DOW-UAP-D49, Launch Summary, Vandenberg AFB, 2000
Agency: Department of War
Incident date: 2/3/00
Page 113
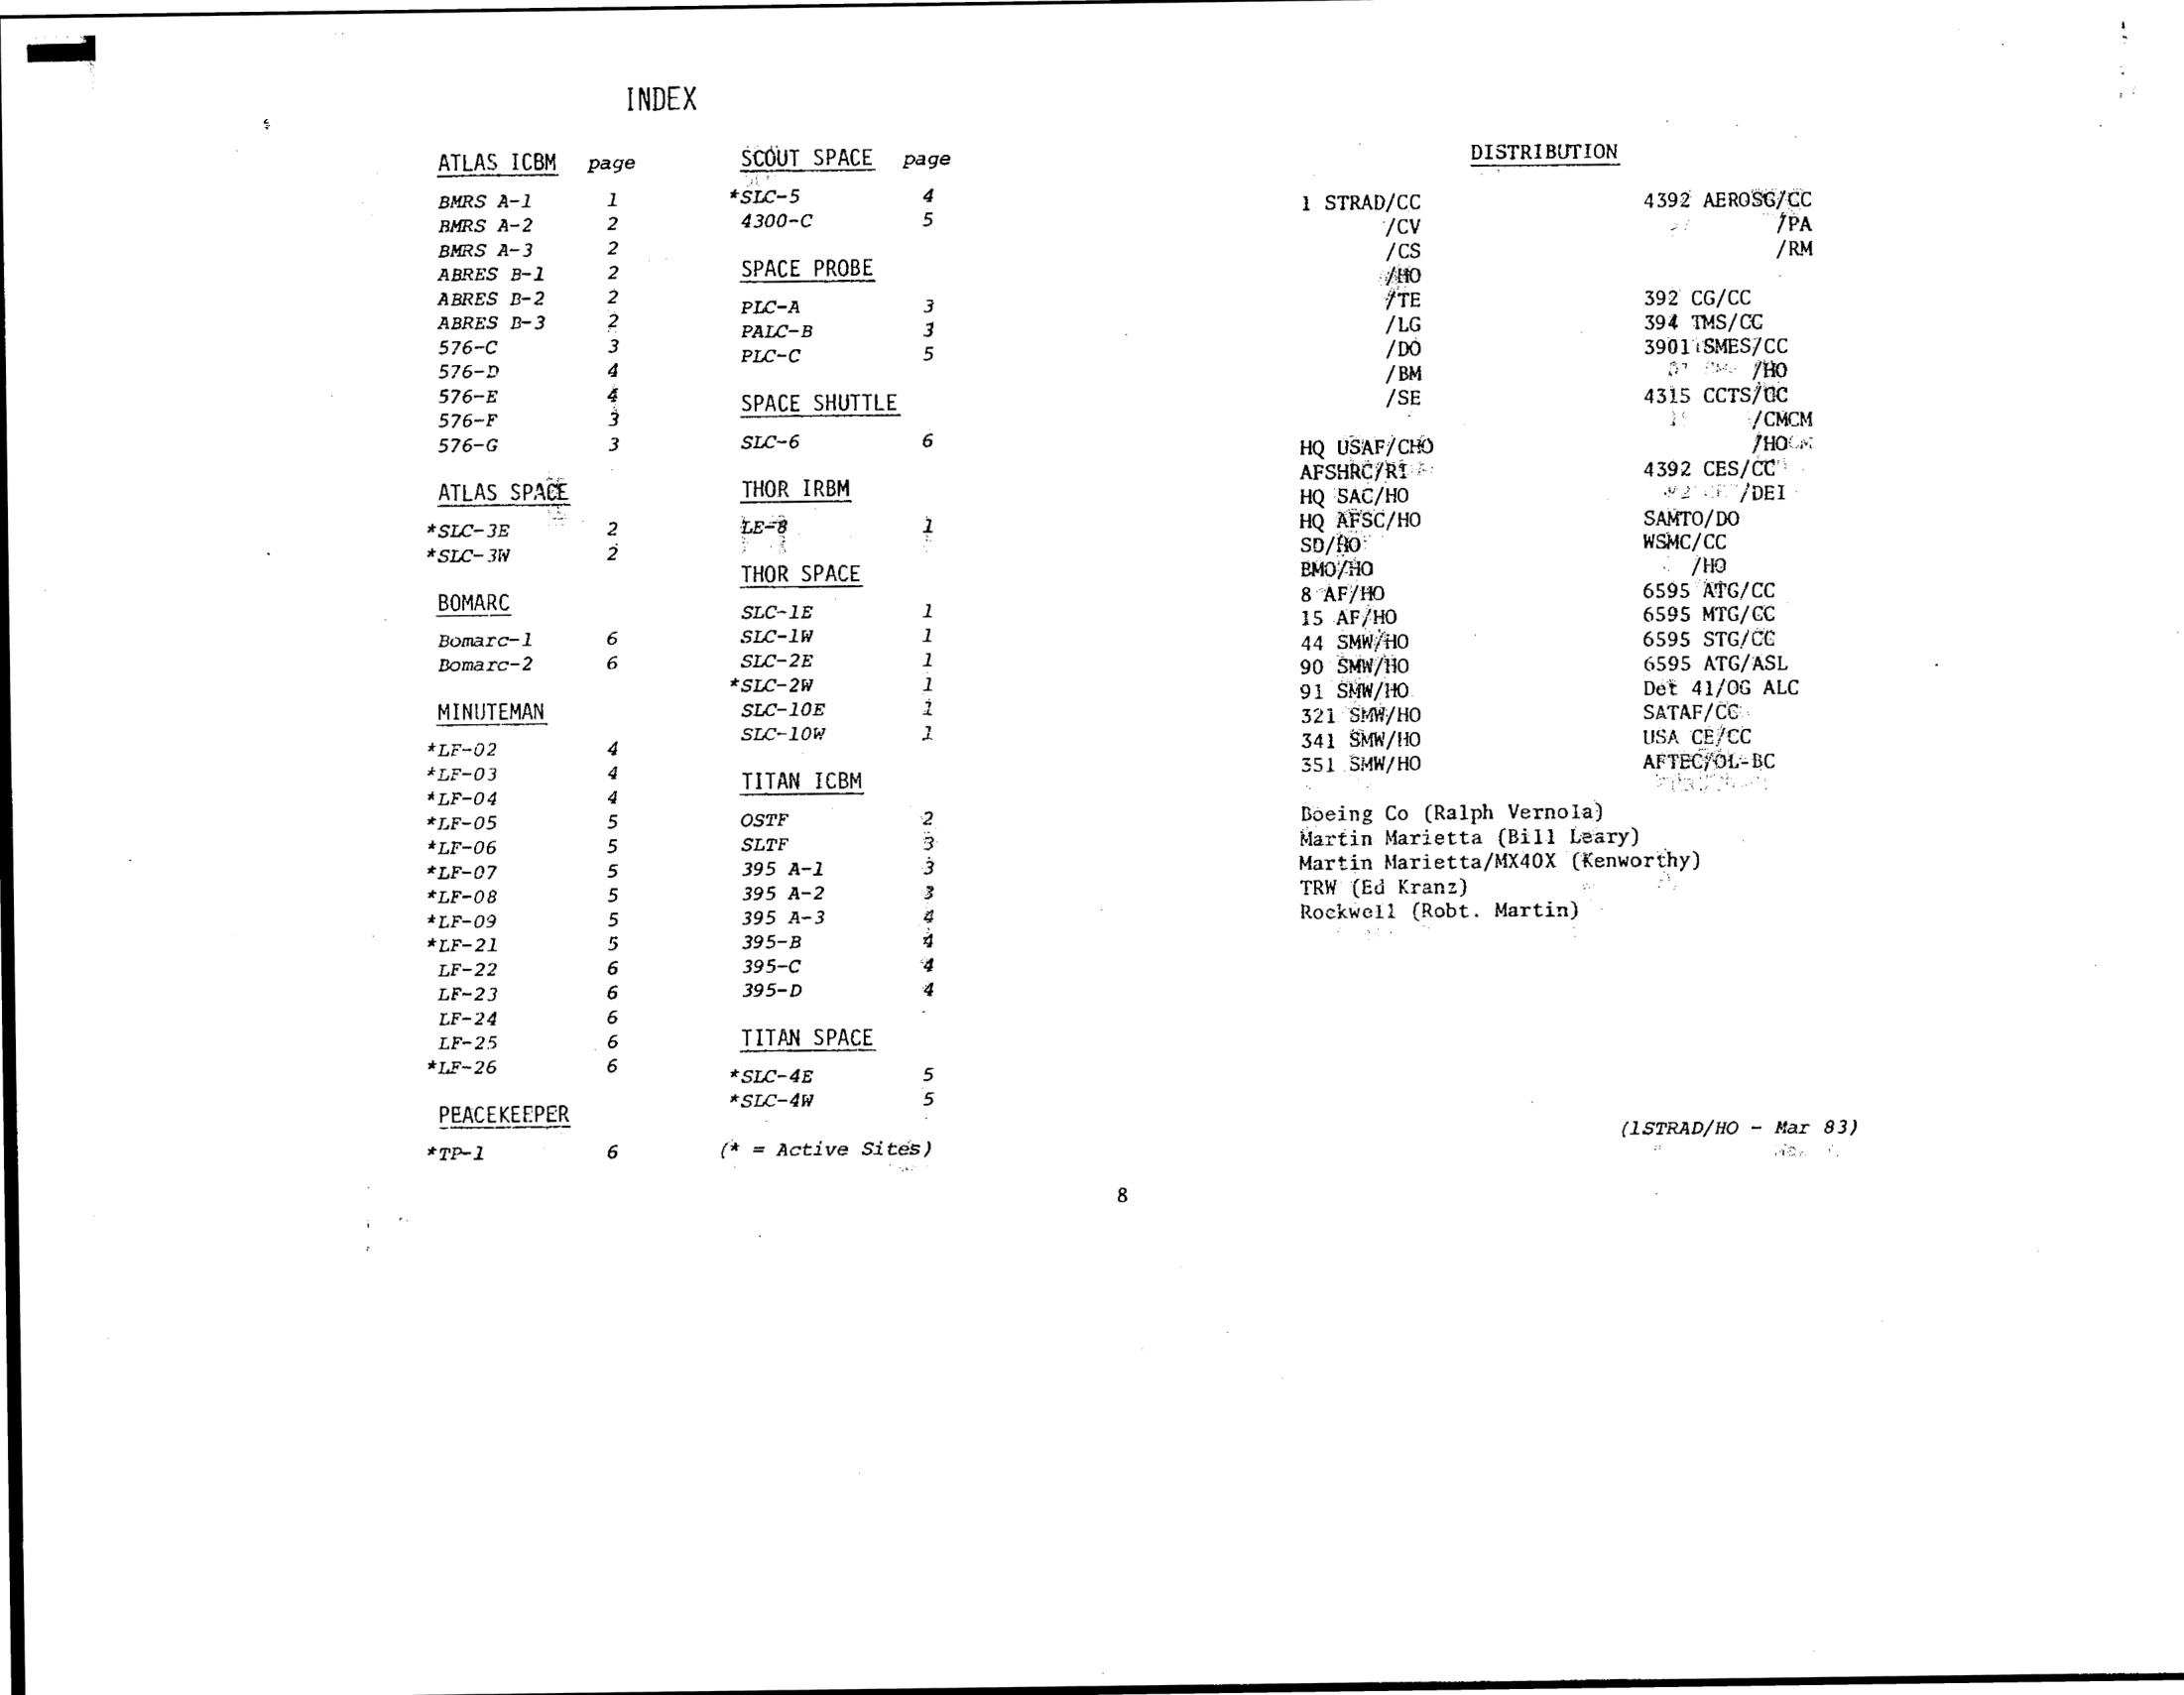